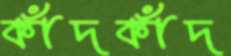
কাঁদকাঁদ